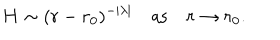
H \sim ( r - r _ { 0 } ) ^ { - | \lambda | } \quad \mathrm { a s } \quad r \to r _ { 0 } .